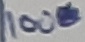
Text: 100